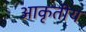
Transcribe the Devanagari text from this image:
आकृतीय